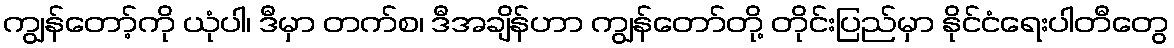
ကျွန်တော့်ကို ယုံပါ၊ ဒီမှာ တက်စ၊ ဒီအချိန်ဟာ ကျွန်တော်တို့ တိုင်းပြည်မှာ နိုင်ငံရေးပါတီတွေ